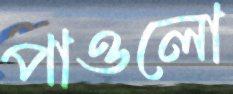
পাওলো